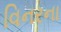
વિનરના